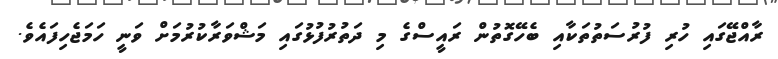
ރާއްޖޭގައި ހުރި ފުރުސަތުތަކާއި ބެހޭގޮތުން ރައީސްގެ މި ދަތުރުފުޅުގައި މަޝްވަރާކުރުމަށް ވަނީ ހަމަޖެހިފައެވެ.